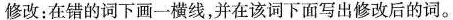
修改: 在错的词下画一横线,并在该词下面写出修改后的词。